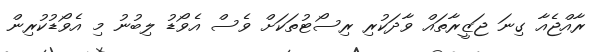
ރާއްޖެއާ ގިނަ ޖަޒީރާތައް ވާދަކުރި ރިސޯޓުތަކަށް ވެސް އެވޯޑު ލިބުނު މި އެވޯޑުކުރިން